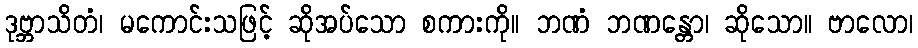
ဒုဗ္ဘာသိတံ၊ မကောင်းသဖြင့် ဆိုအပ်သော စကားကို။ ဘဏံ ဘဏန္တော၊ ဆိုသော။ ဗာလော၊